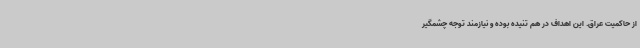
از حاکمیت عراق. این اهداف در هم تنیده بوده و نیازمند توجه چشمگیر